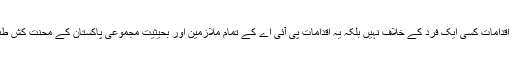
یہ درست ہے کہ یہ اقدامات کسی ایک فرد کے خلاف نہیں بلکہ یہ اقدامات پی آئی اے کے تمام ملازمین اور بحیثیتِ مجموعی پاکستان کے محنت کش طبقے کے خلاف ہیں!